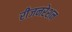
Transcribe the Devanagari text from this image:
रीजनरेशन